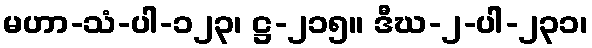
မဟာ-သံ-ပါ-၁၂၃၊ ဋ္ဌ-၂၁၅။ ဒီဃ-၂-ပါ-၂၃၁၊